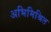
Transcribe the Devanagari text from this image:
अभिमिश्रित